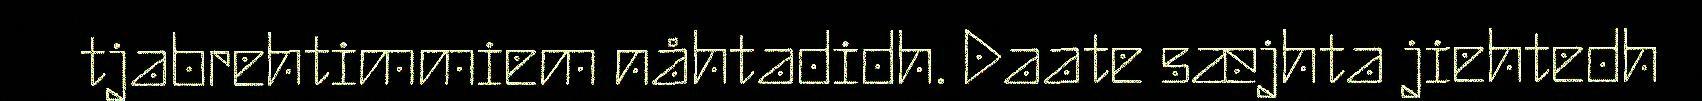
tjabrehtimmiem nåhtadidh. Daate sæjhta jiehtedh